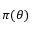
\pi ( \theta )